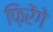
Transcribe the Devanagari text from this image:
फ़िरेंगे